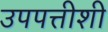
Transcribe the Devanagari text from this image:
उपपत्तीशी